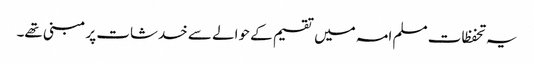
یہ تحفظات مسلم امہ میں تقسیم کے حوالے سے خدشات پر مبنی تھے۔